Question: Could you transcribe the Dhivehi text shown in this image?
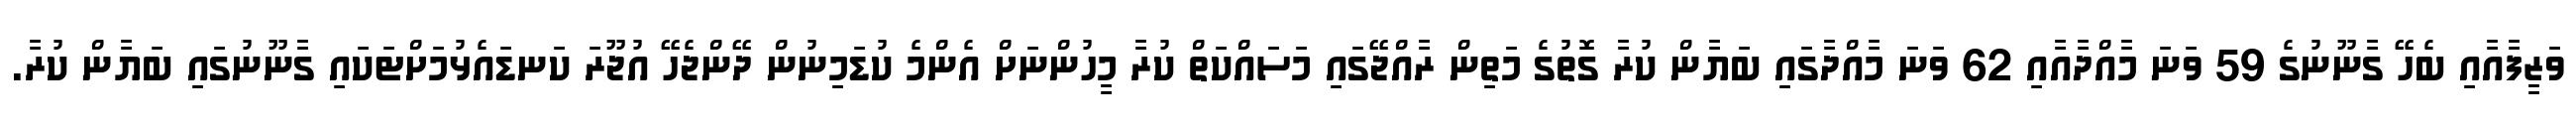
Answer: ވަޒީފާއާއި ބެހޭ ގާނޫނުގެ 59 ވަނަ މާއްދާއާއި 62 ވަނަ މާއްދާގައި ބަޔާން ކުރާ ގޮތުގެ މަތިން ރާއްޖޭގައި މަސައްކަތް ކުރާ މީހުންނަށް އެންމެ ކުޑަމިނުން ދޭންޖެހޭ އުޖޫރަ ކަނޑައެޅުމަށްޓަކައި ގާނޫނުގައި ބަޔާން ކުރާ.